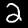
Digit: 2